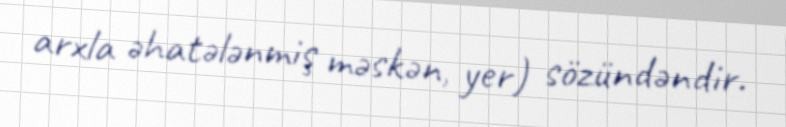
arxla əhatələnmiş məskən, yer) sözündəndir.